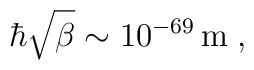
\hbar\sqrt{\beta} \sim 10^{-69}\,\mathrm{m}\;,